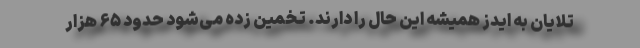
تلایان به ایدز همیشه این حال را دارند. تخمین زده می‌شود حدود ۶۵ هزار